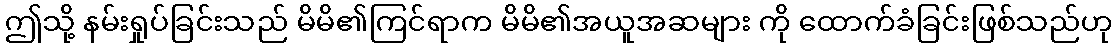
ဤသို့ နမ်းရှုပ်ခြင်းသည် မိမိ၏ကြင်ရာက မိမိ၏အယူအဆများ ကို ထောက်ခံခြင်းဖြစ်သည်ဟု